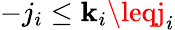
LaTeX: -j_{i}\leq\mathbf{k}_{i}\leqj_{i}